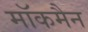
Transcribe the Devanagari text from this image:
मॉकमैन